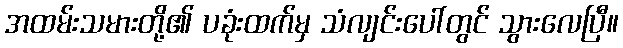
အထမ်းသမားတို့၏ ပခုံးထက်မှ သံလျင်းပေါ်တွင် သွားလေပြီ။